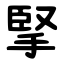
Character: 掔